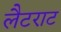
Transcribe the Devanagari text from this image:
लैटराट